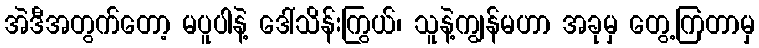
အဲဒီအတွက်တော့ မပူပါနဲ့ ဒေါ်သိန်းကြွယ်၊ သူနဲ့ကျွန်မဟာ အခုမှ တွေ့ကြတာမှ